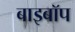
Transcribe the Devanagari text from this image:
बाइबॉप